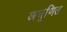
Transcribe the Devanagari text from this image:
अघृणित